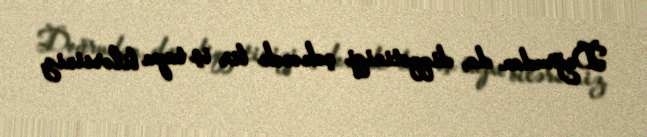
Doğrudan da, diqqətinizi çəkəcək bir iş tapa bilərsiniz.